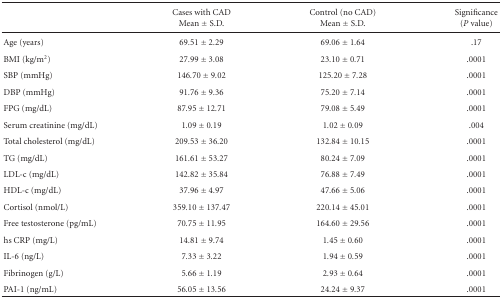
<table><thead><tr><td></td><td><b>Cases with CAD</b></td><td><b>Control (no CAD)</b></td><td><b>Significance</b></td></tr><tr><td></td><td><b>Mean ± S.D.</b></td><td><b>Mean ± S.D.</b></td><td><b>(<i>P</i> value) </b></td></tr></thead><tbody><tr><td>Age (years)</td><td>69.51 ± 2.29</td><td>69.06 ± 1.64</td><td>.17</td></tr><tr><td>BMI (kg/m<sup>2</sup>)</td><td>27.99 ± 3.08</td><td>23.10 ± 0.71</td><td>.0001</td></tr><tr><td>SBP (mmHg)</td><td>146.70 ± 9.02</td><td>125.20 ± 7.28</td><td>.0001</td></tr><tr><td>DBP (mmHg)</td><td>91.76 ± 9.36</td><td>75.20 ± 7.14</td><td>.0001</td></tr><tr><td>FPG (mg/dL)</td><td>87.95 ± 12.71</td><td>79.08 ± 5.49</td><td>.0001</td></tr><tr><td>Serum creatinine (mg/dL)</td><td>1.09 ± 0.19</td><td>1.02 ± 0.09</td><td>.004</td></tr><tr><td>Total cholesterol (mg/dL)</td><td>209.53 ± 36.20</td><td>132.84 ± 10.15</td><td>.0001</td></tr><tr><td>TG (mg/dL)</td><td>161.61 ± 53.27</td><td>80.24 ± 7.09</td><td>.0001</td></tr><tr><td>LDL-c (mg/dL)</td><td>142.82 ± 35.84</td><td>76.88 ± 7.49</td><td>.0001</td></tr><tr><td>HDL-c (mg/dL)</td><td>37.96 ± 4.97</td><td>47.66 ± 5.06</td><td>.0001</td></tr><tr><td>Cortisol (nmol/L)</td><td>359.10 ± 137.47</td><td>220.14 ± 45.01</td><td>.0001</td></tr><tr><td>Free testosterone (pg/mL)</td><td>70.75 ± 11.95</td><td>164.60 ± 29.56</td><td>.0001</td></tr><tr><td>hs CRP (mg/L)</td><td>14.81 ± 9.74</td><td>1.45 ± 0.60</td><td>.0001</td></tr><tr><td>IL-6 (ng/L)</td><td>7.33 ± 3.22</td><td>1.94 ± 0.59</td><td>.0001</td></tr><tr><td>Fibrinogen (g/L)</td><td>5.66 ± 1.19</td><td>2.93 ± 0.64</td><td>.0001</td></tr><tr><td>PAI-1 (ng/mL)</td><td>56.05 ± 13.56</td><td>24.24 ± 9.37</td><td>.0001</td></tr></tbody></table>